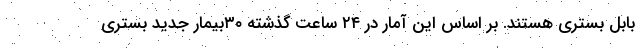
بابل بستری هستند. بر اساس این آمار در ۲۴ ساعت گذشته ۳۰بیمار جدید بستری